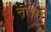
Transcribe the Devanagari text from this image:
नतम